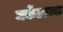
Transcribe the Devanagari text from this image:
मर्केटरच्या